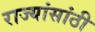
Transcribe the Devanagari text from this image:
राज्यांसांठी